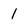
Character: 1